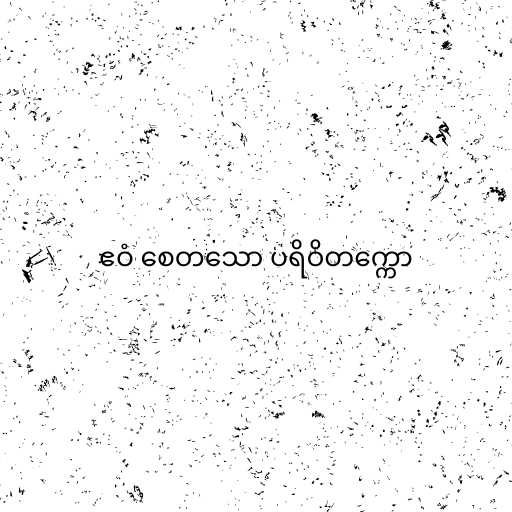
ဧဝံ စေတသော ပရိဝိတက္ကော